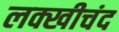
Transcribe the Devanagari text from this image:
लक्खीचंद